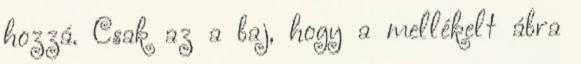
hozzá. Csak az a baj, hogy a mellékelt ábra